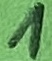
Text: 1